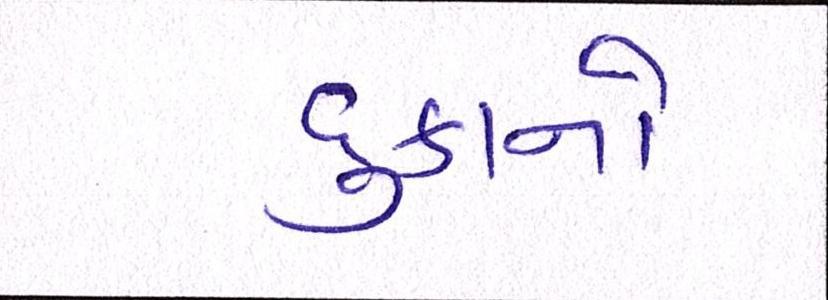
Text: દુકાનો